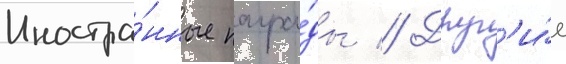
Иностра́нные награ́ды // Друг'и́е